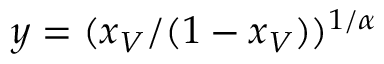
y = ( x _ { V } / ( 1 - x _ { V } ) ) ^ { 1 / \alpha }